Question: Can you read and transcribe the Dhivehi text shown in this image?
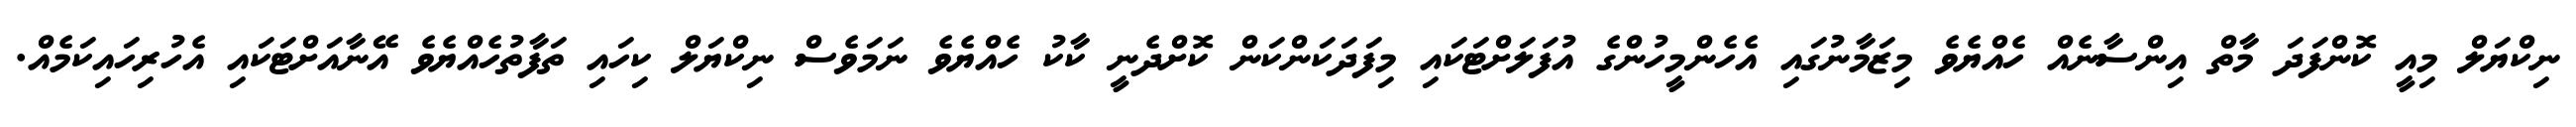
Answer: ނިކްޔަލް މިއީ ކޮންފަދަ މާތް އިންސާނެއް ހެއްޔެވެ މިޒަމާނުގައި އެހެންމީހުންގެ އުފަލަށްޓަކައި މިފަދަކަންކަން ކޮށްދެނީ ކާކު ހެއްޔެވެ ނަމަވެސް ނިކްޔަލް ކިހައި ތަފާތުހެއްޔެވެ އޭނާއަށްޓަކައި އެހުރިހައިކަމެއް.